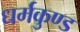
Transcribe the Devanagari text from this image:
धर्मकुण्ड